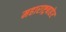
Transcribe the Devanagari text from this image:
महाराष्ट्रबाहेर